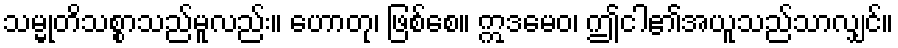
သမ္မုတိသစ္စာသည်မူလည်း။ ဟောတု၊ ဖြစ်စေ။ ဣဒမေဝ၊ ဤငါ၏အယူသည်သာလျှင်။